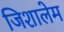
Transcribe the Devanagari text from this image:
जिशालेम